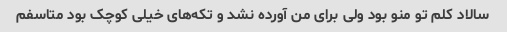
سالاد کلم تو منو بود ولی برای من آورده نشد و تکه‌های خیلی کوچک بود متاسفم